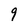
Character: 9